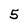
Character: 5